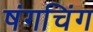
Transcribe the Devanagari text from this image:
षंगचिंग